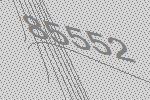
85552